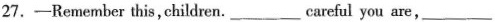
27.-Remember this，children.___careful you are， ___